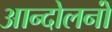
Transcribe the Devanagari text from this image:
आन्दोलनोंं